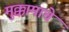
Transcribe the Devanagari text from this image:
मुक्कामाचे